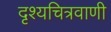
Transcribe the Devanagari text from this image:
दृश्यचित्रवाणी